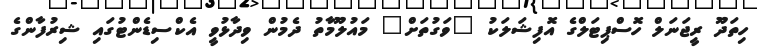
ހިތަދޫ ރީޖަނަލް ހޮސްޕިޓަލްގެ އޮފިޝަލަކު "ވަގުތަށް" މައުލޫމާތު ދެމުން ވިދާޅުވީ އެކްސިޑެންޓުގައި ޝިރުފާންގެ